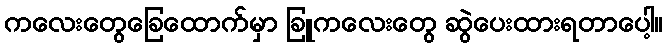
ကလေးတွေခြေထောက်မှာ ခြူကလေးတွေ ဆွဲပေးထားရတာပေါ့။